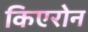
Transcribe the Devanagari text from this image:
किएरोन